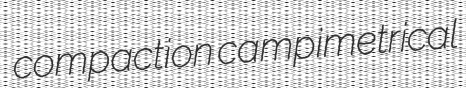
compaction campimetrical